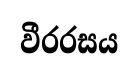
වීරරසය